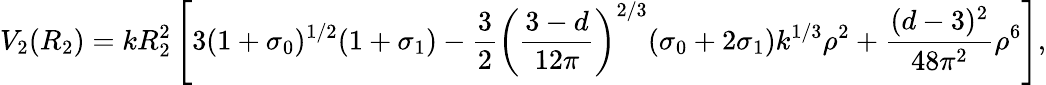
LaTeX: V_{2}(R_{2})=kR_{2}^{2}\left[3(1+\sigma_{0})^{1/2}(1+\sigma_{1})-\frac{3}{2}\left(\frac{3-d}{12\pi}\right)^{2/3}(\sigma_{0}+2\sigma_{1})k^{1/3}\rho^{2}+\frac{(d-3)^{2}}{48\pi^{2}}\rho^{6}\right],